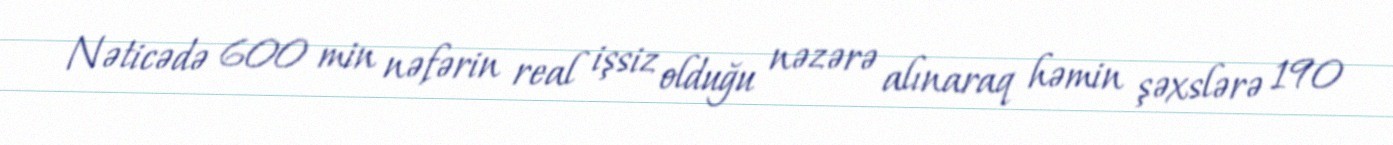
Nəticədə 600 min nəfərin real işsiz olduğu nəzərə alınaraq həmin şəxslərə 190